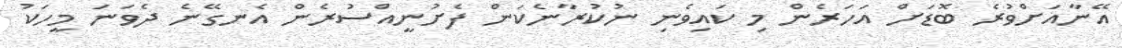
އޭނާއަށްވުރެ ބޮޑަށް އަހަރެން މި ކައިވެނި ނުކުރާނެކަން ފެށުނީއްސުރެން އެނގޭނެ ދެވަނަ މީހަކު